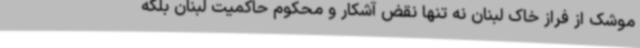
موشک از فراز خاک لبنان نه تنها نقض آشکار و محکوم حاکمیت لبنان بلکه